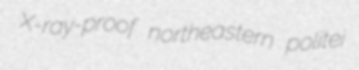
X-ray-proof northeastern politei